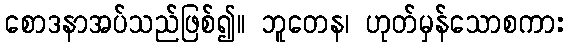
စောဒနာအပ်သည်ဖြစ်၍။ ဘူတေန၊ ဟုတ်မှန်သောစကား